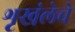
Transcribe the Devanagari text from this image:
शृखंलेचे